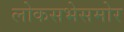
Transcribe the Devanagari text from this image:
लोकसभेसमोर